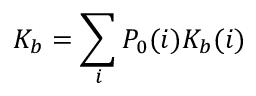
K _ { b } = \sum _ { i } P _ { 0 } ( i ) K _ { b } ( i )